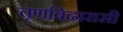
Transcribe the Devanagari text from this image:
तृणबिढारासी